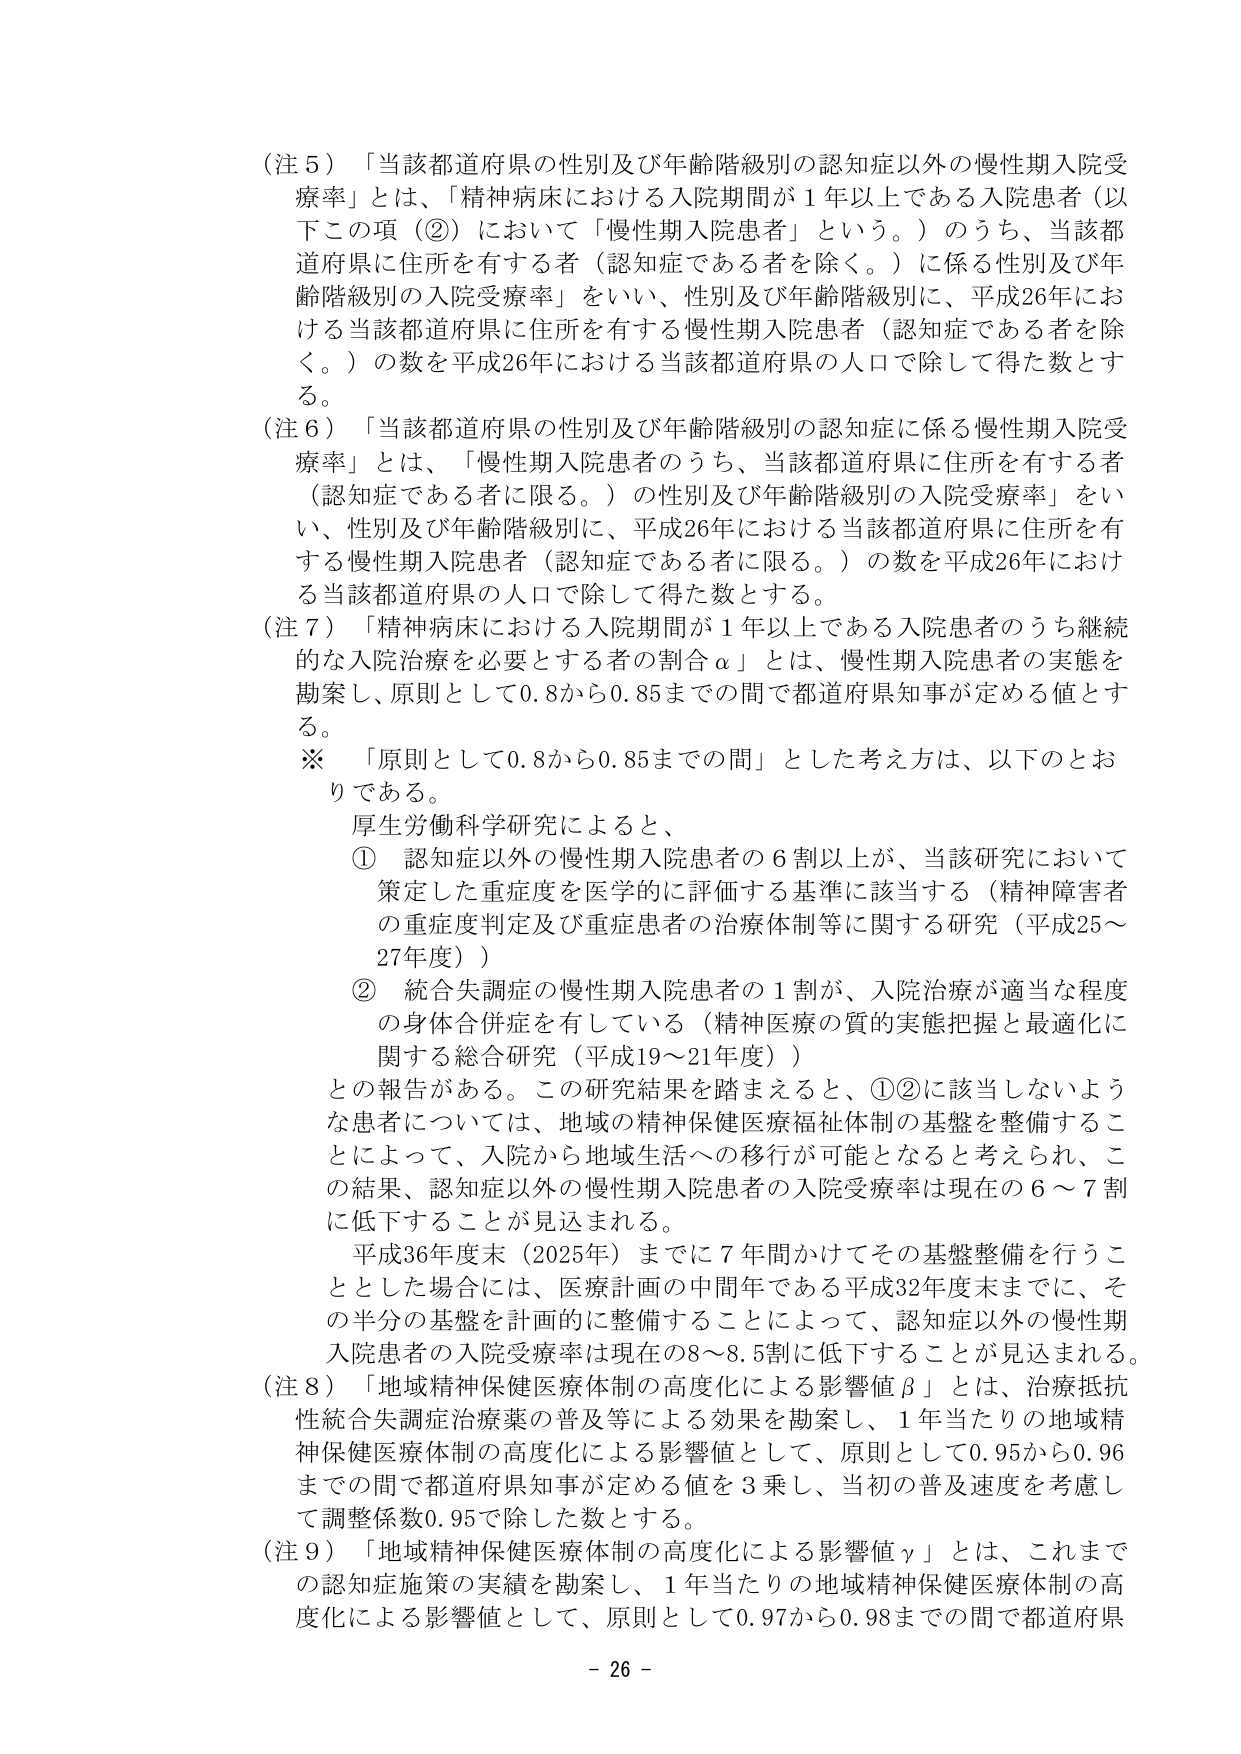
（注５）「当該都道府県の性別及び年齢階級別の認知症以外の慢性期入院受療率」とは、「精神病床における入院期間が１年以上である入院患者（以下この項（②）において「慢性期入院患者」という。）のうち、当該都道府県に住所を有する者（認知症である者を除く。）に係る性別及び年齢階級別の入院受療率」をいい、性別及び年齢階級別に、平成26年における当該都道府県に住所を有する慢性期入院患者（認知症である者を除く。）の数を平成26年における当該都道府県の人口で除して得た数とする。

（注６）「当該都道府県の性別及び年齢階級別の認知症に係る慢性期入院受療率」とは、「慢性期入院患者のうち、当該都道府県に住所を有する者（認知症である者に限る。）の性別及び年齢階級別の入院受療率」をいい、性別及び年齢階級別に、平成26年における当該都道府県に住所を有する慢性期入院患者（認知症である者に限る。）の数を平成26年における当該都道府県の人口で除して得た数とする。

（注７）「精神病床における入院期間が１年以上である入院患者のうち継続的な入院治療を必要とする者の割合α」とは、慢性期入院患者の実態を勘案し、原則として0.8から0.85までの間で都道府県知事が定める値とする。

※　「原則として0.8から0.85までの間」とした考え方は、以下のとおりである。

厚生労働科学研究によると、
①　認知症以外の慢性期入院患者の６割以上が、当該研究において策定した重症度を医学的に評価する基準に該当する（精神障害者の重症度判定及び重症患者の治療体制等に関する研究（平成25～27年度））
②　統合失調症の慢性期入院患者の１割が、入院治療が適当な程度の身体合併症を有している（精神医療の質的実態把握と最適化に関する総合研究（平成19～21年度））

との報告がある。この研究結果を踏まえると、①②に該当しないような患者については、地域の精神保健医療福祉体制の基盤を整備することによって、入院から地域生活への移行が可能となると考えられ、この結果、認知症以外の慢性期入院患者の入院受療率は現在の６～７割に低下することが見込まれる。

平成36年度末（2025年）までに７年間かけてその基盤整備を行うこととした場合には、医療計画の中間年である平成32年度末までに、その半分の基盤を計画的に整備することによって、認知症以外の慢性期入院患者の入院受療率は現在の8～8.5割に低下することが見込まれる。

（注８）「地域精神保健医療体制の高度化による影響値β」とは、治療抵抗性統合失調症治療薬の普及等による効果を勘案し、１年当たりの地域精神保健医療体制の高度化による影響値として、原則として0.95から0.96までの間で都道府県知事が定める値を３乗し、当初の普及速度を考慮して調整係数0.95で除した数とする。

（注９）「地域精神保健医療体制の高度化による影響値γ」とは、これまでの認知症施策の実績を勘案し、１年当たりの地域精神保健医療体制の高度化による影響値として、原則として0.97から0.98までの間で都道府県

- 26 -